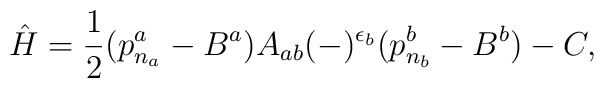
\hat{H}=\frac{1}{2}( p_{n_{a}}^{a}-B^{a}) A_{ab}(-)^{\epsilon_{b}}( p_{n_{b}}^{b}-B^{b}) -C,